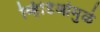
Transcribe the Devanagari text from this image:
व्हिडिओमुळे